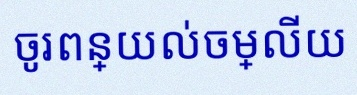
ចូរពន្យល់ចម្លើយ